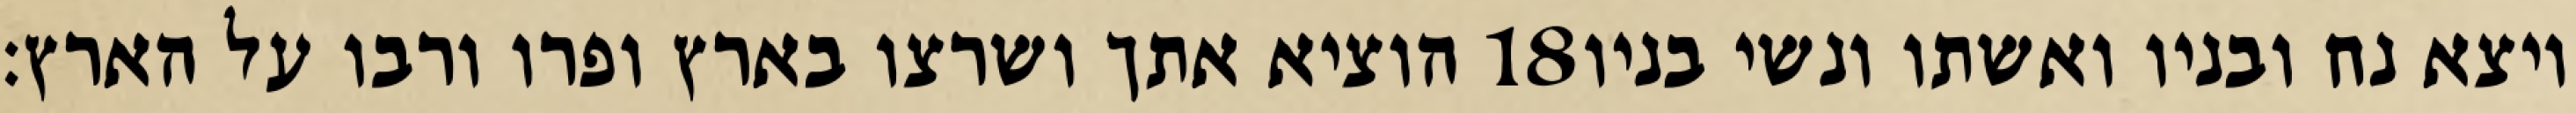
הוציא אתך ושרצו בארץ ופרו ורבו על הארץ׃ ‎18‏ ויצא נח ובניו ואשתו ונשי בניו